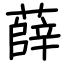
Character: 薛